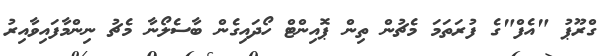
ގްރޫޕު "އެފް"ގެ ފުރަތަމަ މެޗުން ތިން ޕޮއިންޓް ހޯދައިގެން ބާސެލޯނާ މެޗު ނިންމާފައިވާއިރު